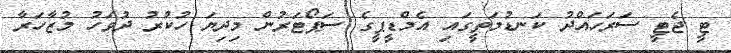
ޓީ ޖެޓީ ސަރަހައްދު ކަނޑުމަތީގައި އެމްޑީޕީގެ ސަޕޯޓަރުން މިދިޔަ ހުކުރު ދުވަހު މުޒާހަރާ